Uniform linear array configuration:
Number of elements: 48
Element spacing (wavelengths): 0.5
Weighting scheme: kaiser
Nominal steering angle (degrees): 60
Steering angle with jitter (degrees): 60.294
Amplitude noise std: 0.05
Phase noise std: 0.05

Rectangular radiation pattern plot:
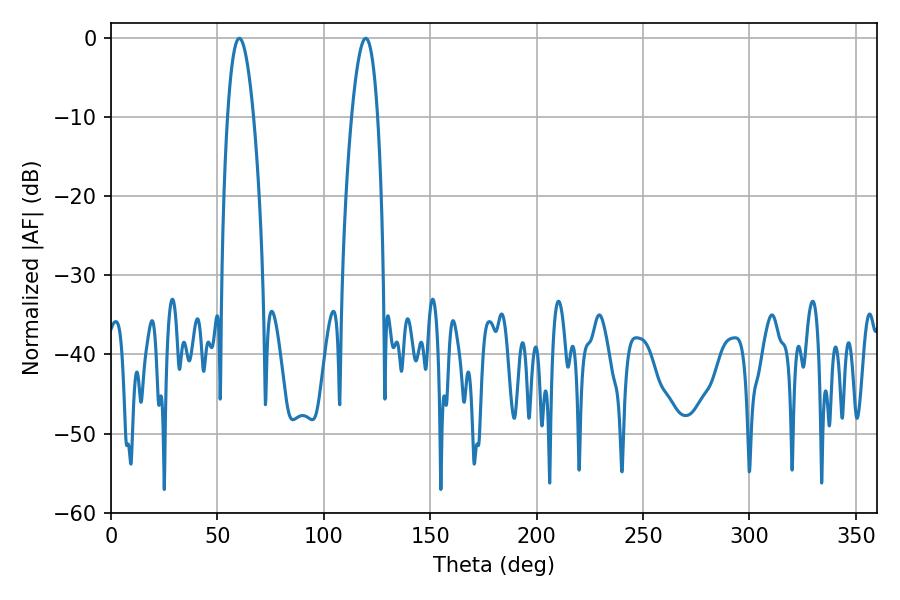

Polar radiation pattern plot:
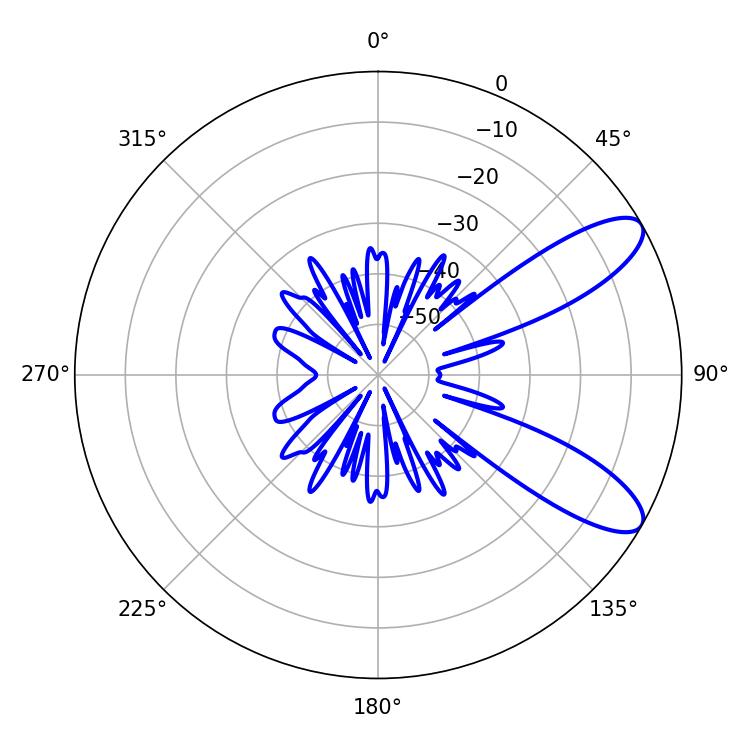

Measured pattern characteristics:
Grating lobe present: FALSE
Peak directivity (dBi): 9.584
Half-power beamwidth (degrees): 6.84
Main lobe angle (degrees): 60.3